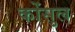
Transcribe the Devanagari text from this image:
कोंसुल